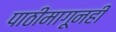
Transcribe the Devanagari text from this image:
पाठीमागूनही